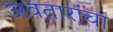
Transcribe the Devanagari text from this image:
अवतारांचा